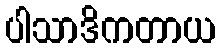
ပါသာဒိကတာယ